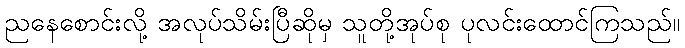
ညနေစောင်းလို့ အလုပ်သိမ်းပြီဆိုမှ သူတို့အုပ်စု ပုလင်းထောင်ကြသည်။